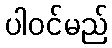
ပါဝင်မည်